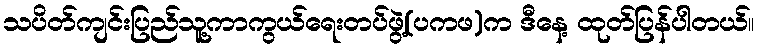
သပိတ်ကျင်းပြည်သူ့ကာကွယ်ရေးတပ်ဖွဲ့(ပကဖ)က ဒီနေ့ ထုတ်ပြန်ပါတယ်။